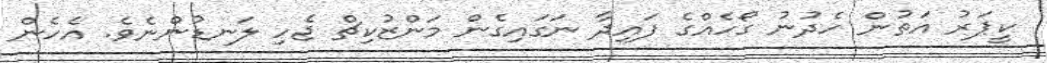
ކީޕަރު އަތުން ހެދުނު ގޯހެއްގެ ފައިދާ ނަގައިގެން މަންޒުކިޗް ޖެހި ލަނޑުންނެވެ. އެހެން